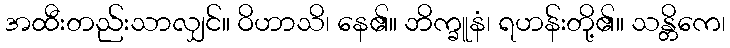
အထီးတည်းသာလျှင်။ ဝိဟာသိ၊ နေ၏။ ဘိက္ခူနံ၊ ရဟန်းတို့၏။ သန္တိကေ၊